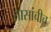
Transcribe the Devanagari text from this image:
तासांचीच